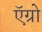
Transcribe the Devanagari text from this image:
ऍग्रो